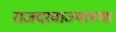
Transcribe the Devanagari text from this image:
राजदरवाज्याच्या